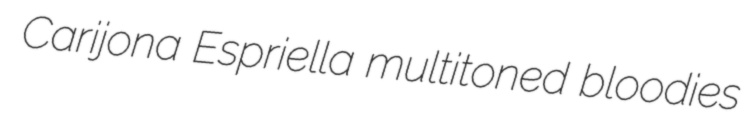
Carijona Espriella multitoned bloodies